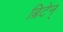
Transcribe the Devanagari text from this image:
ब्रिटेन्